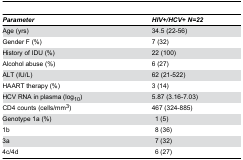
<table><thead><tr><td><b><i>Parameter</i></b></td><td><b><i>HIV+/HCV+ N=22</i></b></td></tr></thead><tbody><tr><td>Age (yrs)</td><td>34.5 (22-56)</td></tr><tr><td>Gender F (%)</td><td>7 (32)</td></tr><tr><td>History of IDU (%)</td><td>22 (100)</td></tr><tr><td>Alcohol abuse (%)</td><td>6 (27)</td></tr><tr><td>ALT (IU/L)</td><td>62 (21-522)</td></tr><tr><td>HAART therapy (%)</td><td>3 (14)</td></tr><tr><td>HCV RNA in plasma (log<sub>10</sub>)</td><td>5.87 (3.16-7.03)</td></tr><tr><td>CD4 counts (cells/mm<sup>3</sup>)</td><td>467 (324-885)</td></tr><tr><td>Genotype 1a (%)</td><td> 1 (5)</td></tr><tr><td> 1b</td><td> 8 (36)</td></tr><tr><td> 3a</td><td> 7 (32)</td></tr><tr><td> 4c/4d</td><td> 6 (27)</td></tr></tbody></table>